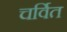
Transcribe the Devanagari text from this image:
चर्वित